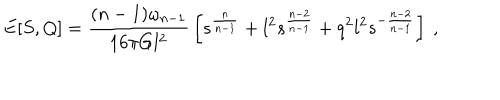
E [ S , Q ] = { \frac { ( n - 1 ) \omega _ { n - 1 } } { 1 6 \pi G l ^ { 2 } } } \left[ s ^ { \frac { n } { n - 1 } } + l ^ { 2 } s ^ { \frac { n - 2 } { n - 1 } } + q ^ { 2 } l ^ { 2 } s ^ { - { \frac { n - 2 } { n - 1 } } } \right] \ ,